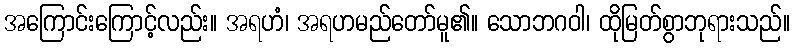
အကြောင်းကြောင့်လည်း။ အရဟံ၊ အရဟမည်တော်မူ၏။ သောဘဂဝါ၊ ထိုမြတ်စွာဘုရားသည်။